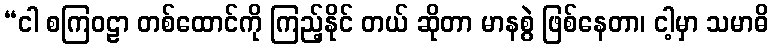
“ငါ စကြဝဠာ တစ်ထောင်ကို ကြည့်နိုင် တယ် ဆိုတာ မာနစွဲ ဖြစ်နေတာ၊ ငါ့မှာ သမာဓိ